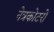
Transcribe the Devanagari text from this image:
नेत्रकोटरों